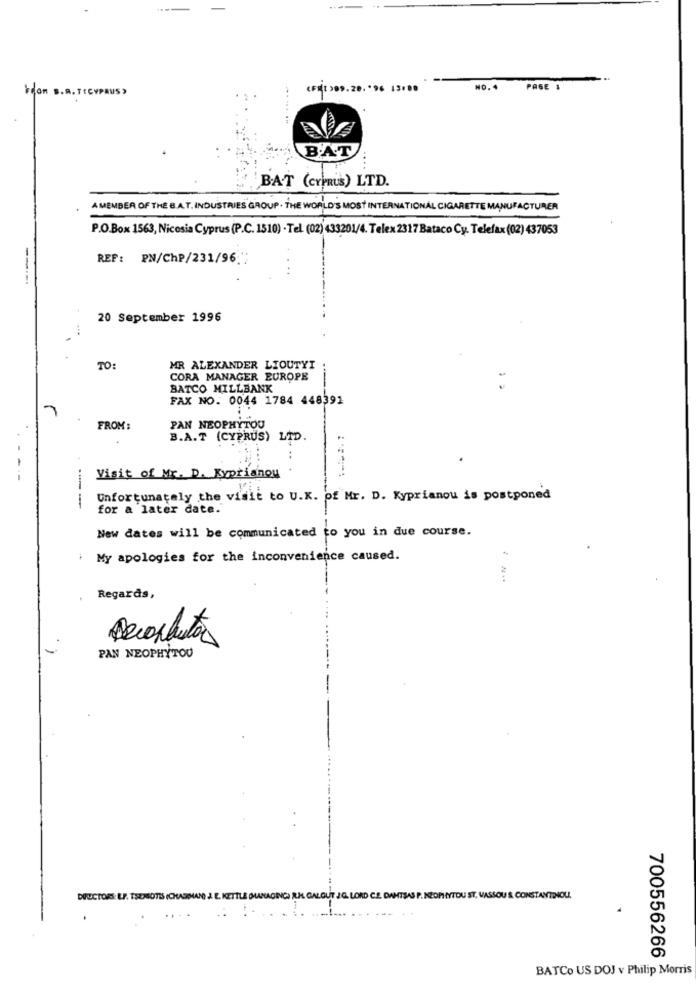
Veon S.R. TECYPRUS>
(FMI )89.28. '96 13:00
PAGE 1
BAT
BAT (CYPRUS) LTD.
A MEMBER OF THE B.A.T. INDUSTRIES GROUP . THE WORLD'S MOST INTERNATIONAL CIGARETTE MANUFACTURER
P.O.Box 1563, Nicosia Cyprus (P.C. 1510) - Tel. (02) 433201/4. Telex 2317 Bataco Cy. Telefax (02) 437053
REF: PN/ChP/231/96
----
20 September 1996
TO:
MR ALEXANDER LIOUTYT
CORA MANAGER EUROPE
BATCO MILLBANK
FAX NO. 0044 1784 448391
FROM:
PAN NEOPHYTOU
B.A.T (CYPRUS) LTD.
Visit of Mr. D. Kyprianou
Unfortunately the visit to U.K. of Mr. D. Kyprianou is postponed
---
for a later date.
New dates will be communicated to you in due course.
My apologies for the inconvenience caused.
Regards,
PAN NEOPHYTOU
DIECTORES: LF. THENOTES (CHASSIN ) E. KETTLE DURACING, RI GALGUT JAG. LORD CE DANTSAS P. NEOPRENTOU ST, MASSOU S. CONSTANTINOUI
700556266
BATCo US DOJ v Philip Morris